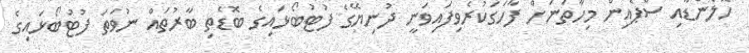
ހޮލެންޑާއި ސްޕެއިން މިހާތަނަށް ފާހަގަކުރެވިފައިވަނީ ދުނިޔޭގެ ފުޓުބޯޅައިގެ ބޮޑެތި ބާރުތައް ނުވަތަ ފުޓުބޯޅައިގެ